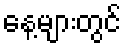
နေ့များတွင်